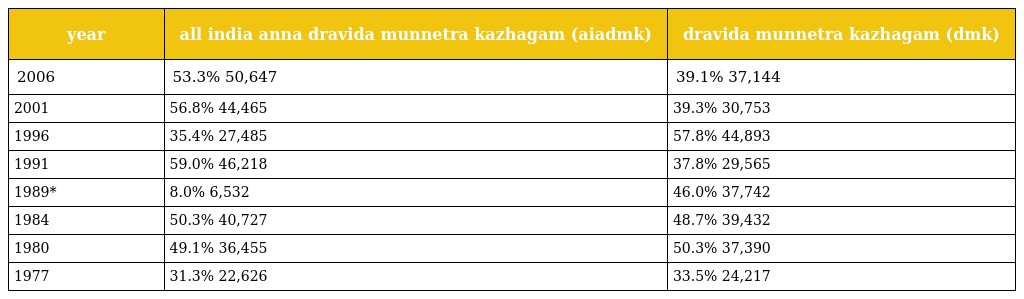
| year | all india anna dravida munnetra kazhagam (aiadmk) | dravida munnetra kazhagam (dmk) |
 | --- | --- | --- |
 | 2006 | 53.3% 50,647 | 39.1% 37,144 |
 | 2001 | 56.8% 44,465 | 39.3% 30,753 |
 | 1996 | 35.4% 27,485 | 57.8% 44,893 |
 | 1991 | 59.0% 46,218 | 37.8% 29,565 |
 | 1989* | 8.0% 6,532 | 46.0% 37,742 |
 | 1984 | 50.3% 40,727 | 48.7% 39,432 |
 | 1980 | 49.1% 36,455 | 50.3% 37,390 |
 | 1977 | 31.3% 22,626 | 33.5% 24,217 |